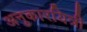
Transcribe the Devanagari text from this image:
अनुकारयित्री